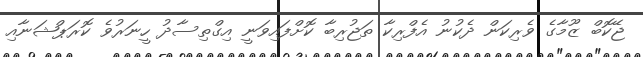
ޖޭކޮބް ޒޫމާގެ ވެރިކަން ދެކުނު އެފްރިކާ ތަޖުރިބާ ކޮށްފައިވަނީ އިގްތިސާދު ހީނަރުވެ ކޮރަޕްޝަނާއި